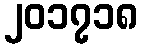
၂၀၁၇၁၈